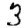
Digit: 3